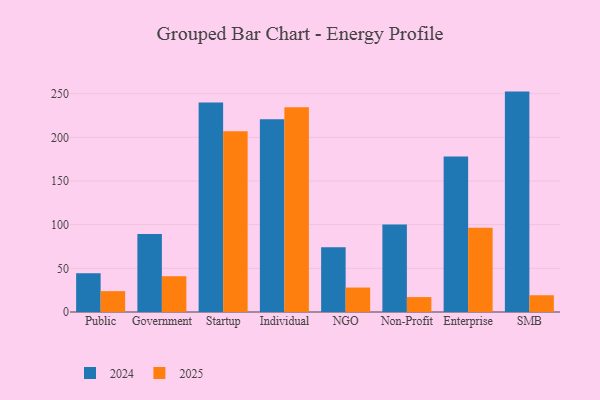
{"axis": {"x": "Segment", "y": "Active Users"}, "legend": ["2024", "2025"], "data": [{"x": "Public", "y": 23.9, "type": "2025"}, {"x": "Public", "y": 44.3, "type": "2024"}, {"x": "Government", "y": 41.0, "type": "2025"}, {"x": "Government", "y": 89.4, "type": "2024"}, {"x": "Startup", "y": 207.0, "type": "2025"}, {"x": "Startup", "y": 240.0, "type": "2024"}, {"x": "Individual", "y": 234.6, "type": "2025"}, {"x": "Individual", "y": 220.7, "type": "2024"}, {"x": "NGO", "y": 28.0, "type": "2025"}, {"x": "NGO", "y": 74.1, "type": "2024"}, {"x": "Non-Profit", "y": 17.1, "type": "2025"}, {"x": "Non-Profit", "y": 100.2, "type": "2024"}, {"x": "Enterprise", "y": 96.5, "type": "2025"}, {"x": "Enterprise", "y": 178.0, "type": "2024"}, {"x": "SMB", "y": 19.2, "type": "2025"}, {"x": "SMB", "y": 252.4, "type": "2024"}]}